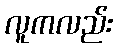
လူကလည်း